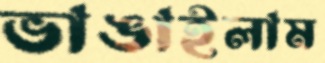
ভাঙাইলাম